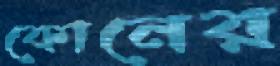
কোনের